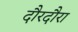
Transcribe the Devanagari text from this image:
दौरदौरा